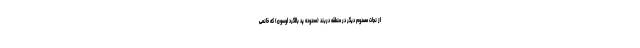
از نجات مصدوم دیگر در منطقه دربند (محدوده پد بالگرد اوسون) که خانمی